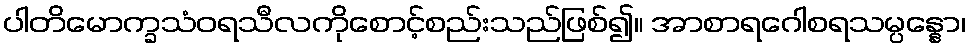
ပါတိမောက္ခသံဝရသီလကိုစောင့်စည်းသည်ဖြစ်၍။ အာစာရဂေါစရသမ္ပန္နော၊